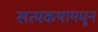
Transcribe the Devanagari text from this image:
सत्यकथामधून